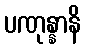
ပဏုန္နာနိ